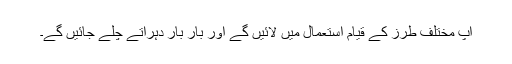
آپ مختلف طرز کے قیام استعمال میں لائیں گے اور بار بار دہراتے چلے جائیں گے۔